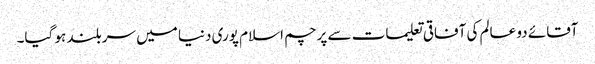
آقائے دو عالم کی آفاقی تعلیمات سے پرچم اسلام پوری دنیا میں سربلند ہو گیا۔